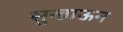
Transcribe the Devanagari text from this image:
सुखाऊन